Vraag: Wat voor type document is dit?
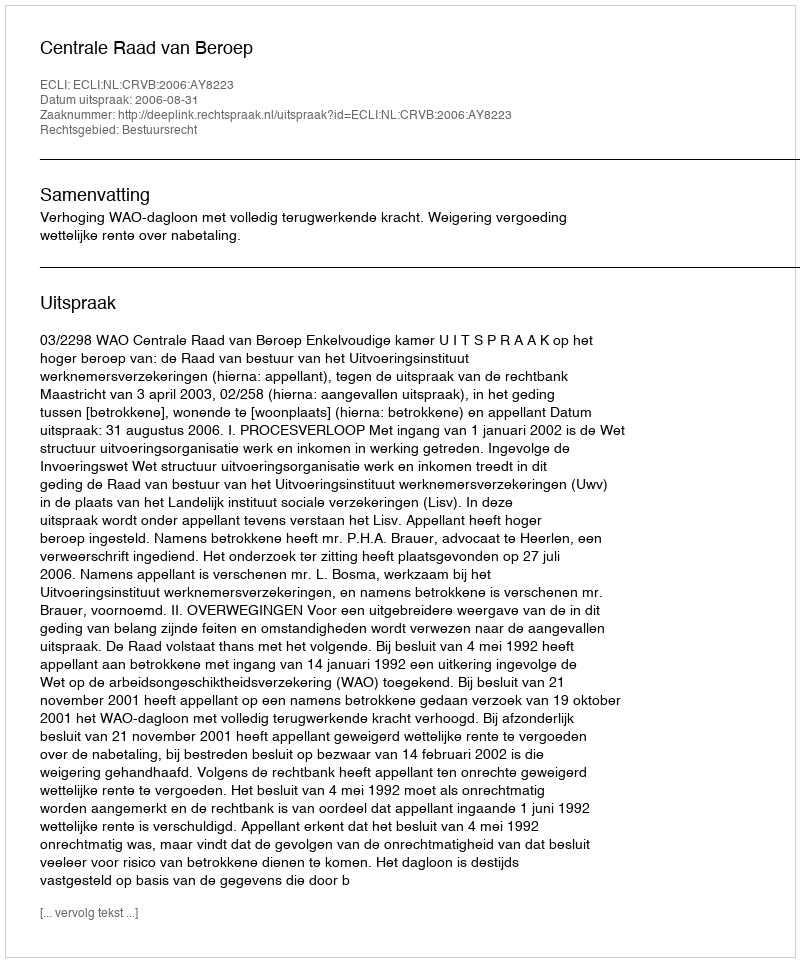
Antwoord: Uitspraak